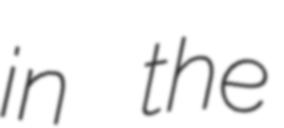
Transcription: in the